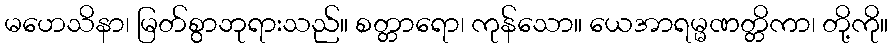
မဟေသိနာ၊ မြတ်စွာဘုရားသည်။ စတ္တာရော၊ ကုန်သော။ ယေအာရမ္မဏတ္တိကာ၊ တို့ကို။